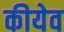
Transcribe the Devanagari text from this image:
कीयेव